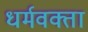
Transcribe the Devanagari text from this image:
धर्मवक्ता